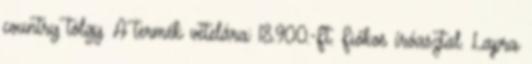
country tölgy. A termék vételára: 18.900.-Ft. Fiókos íróasztal. Lapra